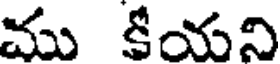
ము కీయని